Report on sanitation, dispensaries, and jails in Rajputana for 1910, and on vaccination for the year 1910-1911 - 1910-1911
Year: 1910
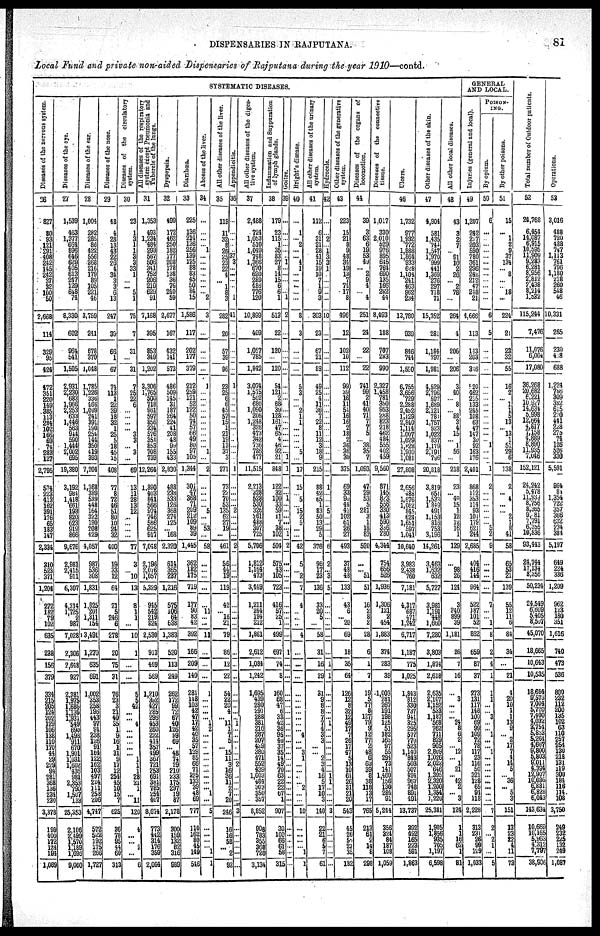
DISPENSARIES IN RAJPUTANA.
81
Local Fund and private non-aided Dispensaries of Rajputana during the year 1910—contd.
SYSTEMATIC DISEASES.
Diseases of the nervous system.
26
827
80
93
121
891
408
212
145
242
37
32
100
50
2,668
114
328
95
424
472
351
220
149
285
113
284
102
166
69
74
283
127
2,795
574
223
413
162
391
176
65
183
147
2,334
310
523
371
1,204
272
182
78
102
635
238
156
379
334
215
205
124
202
129
106
138
110
170
44
29
229
94
281
368
136
234
230
3,378
199
400
172
124
194
1,089
Diseases of the eye.
27
1,539
463
1,377
664
896
646
629
405
613
247
129
648
74
8,330
602
964
541
1,505
2,931
2,230
683
1,966
2,253
633
1,446
563
944
590
1,444
2,002
695
19,380
3,192
984
1,418
661
193
820
623
919
866
9,676
2,981
2,415
911
6,307
4,314
1,725
2
987
7,028
2,306
2,648
927
2,381
1975
l,685
1,136
1,931
549
690
1,498
911
670
1,901
1,031 1,602
436
981
2,353
790
1,507
133
25,353
2,106
2,499
1,570
1,189
1,696
9,060
Diseases of the ear.
28
1,004
282
285
86
422
556
268
216
179
89
105
221
46
3,759
241
678
370
1,048
1,785
1,226
336
466
1,009
241
391
190
254
144
350
419
393
7,204
1,368
389
539
448
164
322
190
208
429
4,057
987
536
308
1,831
1,825
201
1,311
154
3,491
1,270
635
691
1,002
353
258
196
443
97
91
238
126
91
164
122
162
103
497
224
111
258
206
4,747
572
522
192
175
266
1,727
Diseases of the nose.
29
48
4
28
13
43
22
26
4
34
3
3
6
13
247
39
66
1
67
74
113
1
22
39 18
32
1
25
5
18
45
15
408
77
8
72
46
51
80
10
24
32
400
19
33
12
64
21
5
246
6
278
20
75
31
76
23
3
21
40
35
1
9
16
1
31
9
17
12 254
45
10
15
7
625
36
78
95
44
60
313
Diseases of the circulatory
system.
30
23
1
3
1
1
3
3
33
1
...
... 5
1
75
7
31
...
31
7
25
22
6
...
...
...
... 3
3
... 3
...
69
13
11
28
13
12
...
...
...
...
77
3
...
10
13
8
1 1
...
10
1
...
...
5
5
42
...
... 4
...
...
...
...
...
1 1
1
28
21
1
...
11
120
4
...
...
2 ...
6
All diseases of the respiratory
s ystem except Pneumonia and
Tubercle
of the lungs.
31
1,353
493
1,234
484
293
567
506
341
752
106
219
629
91
7,168
395
853
349
1,202
3,306
1,765
500
718
961
597
856
334
576
351
853
708
739
12,264
1,390
403
841
566
974
746
586 625
917
7,048
2,196
2,076
1,057
5,329
945
542
219
824
2,530
913
469
569
1,210
392 427
285
296
453
260
222
414
357
499
367
721
253
691
381
785
254
407
8,674
773
442
314
176
359
2,064
Dyspepsia.
32
499
172
462
250
182
177
208
178
138
36
76
240
59
2,677
167
432
141
573
486
509
145
31
187
264
224
41
208
48
99
155
433
2,830
488
238
533
126
368
274
125
... 168
2,320
614
365
237
1,216
575
106
64
638
1,383
520
113
249
262
172
89
72
67
40
126
99
69
...
48
74 29
210
233
175
297
19
87
2,178
300
159
132
82
316
989
Diarrhœa.
33
225
136
214
126
256
139
125
88
83
45
50
84
15
1,586
117
202
177
379
212
259
121
52
122
50
74
57
66
49
80
97
105
1,344
301
47
368
71
209
212
109
89 39
1,445
362
182
175
719
177
90 83
42
392
166
209
140
281
148
103
42
47
17
42
40
35
57
129
85
66
71
225
133
39
48
69
777
110
162
80
45
149
546
Abcess of the liver.
34
...
...
...
... 1
...
...
...
...
...
...
... 2
3
...
...
...
...
1
...
...
...
...
...
...
...
...
...
... 1
...
2
...
...
...
... 5
...
... 53
...
58
...
...
...
...
...
11
...
...
11
...
...
...
1
...
...
... 1
2
...
...
...
...
... ...
...
...
...
... 1
...
5
...
...
...
... 1
1
All other diseases of the liver.
35
119
11
32
8
26
25 23
22
4
... 1
8
3
282
20
57
39
96
73
25
6
6
45
57
15
1
21
19
13
37
3
271
73
22
70
53
135
62
27
19
...
461
56
44 19
119
42
... 16
21
79
86
12
22
54
22
20
4
... 11
1
7
5
... 15
11
3
16
36
11
2
7
20
246
16
16
58
...
2
92
Appendicitis.
36
...
...
...
...
... 37
3
...
...
...
...
1
41
...
...
...
...
1
...
...
...
...
...
...
...
...
...
...
...
...
1
...
...
...
... 2
...
...
...
...
2
...
...
...
...
...
...
...
...
...
...
...
...
...
...
...
...
...
1
...
...
...
...
...
... 2
...
...
...
...
...
3
...
...
...
...
...
...
All other diseases of the diges¬
tive system.
37
2,488
724
1,053
510
1,049
748
1,366
670
620
289
48b
776
120
10,899
409
1,057
785
1,842
3,074
1,575
502
680
1,090
206
1,248
326
473
342
736
786
477
11,515
2,213
328
528
530
326
261
488
307
725
5,706
1,812
1,164
473
3,449
1,211
244
194
212
1,861
2,612
1,084
1,242
1,695
439
280
290
288
381
216
287
207
429 380
471
552
439
1.003
484
303
350
357
8,852
908
783
355
368
720
3,134
Inflammation and Suppuration
of lymph glands.
38
179
23
115
1
35
83
27
8
14
15
6
6
1
513
22
120
...
120
54
121
2
68
39
128
161
47
65
4
46
92
21
848
122
32
100
33
59
11
7
38
102
504
575
43
105
723
416
57
25 1
499
697
74
8
160
68
47
6
33
42
36
95
40
37
35
14
49
70
63
22
22
67
1
907
30
100
66
61
58
315
Goitre.
39
...
...
...
...
...
...
1
...
...
...
...
1
2
...
...
...
...
...
...
...
...
...
...
...
...
...
...
...
...
1
1
...
...
1
... ...
...
...
...
1
2
...
...
...
...
...
...
...
...
...
1
...
...
...
...
...
...
...
...
...
...
...
...
...
... ...
...
...
...
...
...
...
...
...
...
...
...
...
...
Bright's disease.
40
...
1
... 2
...
... 4
1
...
...
...
...
...
8
3
...
...
...
5
3
...
... 2
1
1
...
...
...
... 5
...
17
15
...
5
... 15
2
5
...
...
42
5
...
2
7
4
...
...
...
4
...
...
...
...
...
...
...
...
...
... 4
...
... 3
1
...
...
...
...
2
...
...
10
...
...
...
... 1
1
All other diseases of the urinary
system.
41
112
6
31
21
28
41
15
19
10
7
1
9
3
303
23
67
21
89
49
25
4
11
36
7
22
8
11
12
3
18
9
215
88
42
65
1
83
50
13
29
5
376
96
17
23
136
33
20
5
...
58
31
16
29
21
9
8
8
7
7
4
3
3
...
... 2
3
4
16
5
17
10
3
140
22
21
6
5 7
61
Hydrocele.
42
...
...
2
... 1
3
3
1
...
...
...
...
...
10
...
...
...
...
...
...
...
...
...
...
...
...
...
...
...
...
...
...
1
...
...
... 5
...
...
...
...
6
2
...
3
5
...
...
...
...
...
...
1
1
...
...
...
...
1
...
...
...
...
...
... ...
... 1
1
...
...
...
3
...
...
...
...
...
...
Other diseases of the generative
system.
43
223
15
21
8
9
48
34
19
13
7
74
17
8
496
12
102
10
112
99
39
16
11
51
16
16
2
18
2
36
36
30
375
69
33
90
44
41
102
61
26
27
493
37
48
48
133
43
6
...
20
69
18
35
64
126
12
8
32
12
49
17
7
26
17
47
5
13
10
61
26
31
21
20
543
45
26
50
21
35
182
Diseases of the organs of
locomotion.
44
39
3
63
6
19
53
49
... 2
9
4
4
251
24
22
...
22
741
99
2
41
40
71
7
7
5
... 38
35
7
1,093
47
29
53
5
281
3
1
18
83
520
...
...
51
51
16
2
8
2
28
6
1
7
19
5
77
8
127
79
9
12
77
2
48
6
63
39
8
38
118 13
17
765
213
61
2
14
8
298
Diseases of the connective
tissue.
45
1,017
330
2,010
529
976
895
645
764 690
135
166
282
44
8,493
188
707
283
990
2, 327
1,458
781
360
953
288
823
218
462
484
555
402
459
9,560
871
145
823
556
330
413
590
336
280
4,344
754
656
526
1,936
1,306
121
2
454
1,883
374
283
39
1,003
281
267
191
198
125
51
182
165
97
55
294
73
141
1,460
156
130
284
91
5,244
356
324
84
187
108
1,059
Ulcers.
46
1,732
977
1,932
772
1,888
1,864
933
628
1,104
241
463
962
234
13,780
939
846
744
1,590
6,755
3,656
729
2,288
2,452
1,129
2,840
1,114
1,007
1,029
1,828
1,900
1,081
27,808
2,656
488
1,676
1,062
845
624
1,651
597
1,041
10,640
3,983
2,438
760
7,181
4,317
687
471
1,242
6,717
1,187
775
1,025
1,843
812 330
737
941
325
295
577
770
523
1,140
843
503
507
494
967
748
891
491
13,737
392
492
165
223
591
1,863
Other diseases of the skin.
47
4,904
581
1,435
744
1,547
l,970
999 441
1,369
276
297
718
71
15,352
281
1,184
797
1,981
4,529
2,796
597
1,689
2,121
781
1,757
523
1,022
837
1,179
2191
796
20,818
3,819
651
1,533
1,849
491
1,153
816
753
3,196
14,261
3,463
1,632
632
5,727
3,981
1,191
448
1,660
7,280
3,803
1,874
2,618
2,635
2,107
1,152
543
1,187
568
762
711
829
905
2,809
1,026
2,022
646
1,395
2,320
1,200
1,354
1,220
25,381
1,905
1,856
835
705
1,197
6,598
All other local diseases.
48
43
3
2
7
... 91
10
2
26
... 2
78
...
264
4
206
...
206
3
40
... 8
... 88
3
4
15
... 1
56
...
218
23
...
40 15
1
12
12
16
1
129
...
98
26
124
3
240
899
39
1,181
26
7
16
...
3
...
...
... 24
8
6
2
... 12
... 1
21
... 42
2
... 3
124
1
1
16
62 1
81
GENERAL
AND LOCAL.
Injuries (general and local).
49
1,207
242
217
203
590
780
361
296
242
212
47
248
21
4,666
113
143
203
346
520
462
215
133
245
108
63
47
147
30
92
163
176
2,401
868
112
353
114
93
101
179
621
244
2,685
404
416
144
964
522
187
101
52
862
659
87
37
273
131
117
148
100
69
99
109
72
78
117
23
116
50
321
128
65
94
118
2,228
313
231
26
99
129
1,033
POISON¬
ING.
By opium.
50
6
...
...
...
...
...
...
...
...
...
...
...
...
6
5
...
...
...
...
...
...
...
...
...
...
...
...
... 1
...
...
1
2
...
...
... ...
...
... 5
2
9
...
...
...
...
7
...
...
1
8
2
4
1
1
1
...
... 3
...
... 1
...
... 1
... ...
...
...
...
...
...
...
7
2
... 2
1
...
5
By other poisons.
51
15
...
1
2
9
37
134
... 8
...
... 18
...
224
21
23
32
55
16
2
... 1
1
5
13
... 13
1
51
29
6
138
2
...
4
...
...
2
1
8
41
58
65
53
21
139
55
12
11
6
84
34
...
21
4
20
10
1
1
13
9
... 2
17
7
4
14
5
... 36
... 5
3
151
13
23
22
4
11
73
Total number of Outdoor patients.
52
24,768
6,454
14,087
6,915
10,595
11,909
9,283
6,281
8,956
2,812
2,438
8,214
1,322
115,244
7,476
11,076
6,004
17,080
36,268
20,682
6,221
10,927
14,634
5,998
12,664
4,817
7,158
4,889
8,890
11,935
7,046
152,121
24,242
5,478
11,933 8,756
8,365
9,081
7,79l
6,355
10,836
93,443
24,744
17,134
8,356
50,234
24,549
6,609
5,405
8,597
45,070
18,665
10,643
10,535
18,664
9,573
7,004
5,720
7,400
4,032
3,754
5,853
5,264
4,667 9,800
5,803
9,011 4,394
12,907
10,036
6,881
6,828
6,043
143,634
10,669
10,165
5,963
4,312
7,787
38,906
Operations.
53
3,016
488
720
488
747
1,113
761
796
1,180
218
260
548
46
10,331
265
230
438
688
1,224
786
309
382
615
270
441
228
275
74
126
526
330
5,591
864
84
1,354
722
357
366
632
234
384
5,197
649
224
336
1,209
962
123
180
351
1,616
740
473
536
860
232
112
200
135
102
63
110
257 254
130
218
131
119 300
184
116
114
108
3,750
249
232
225
132
249
1,087